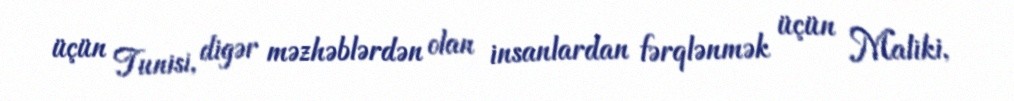
üçün Tunisi, digər məzhəblərdən olan insanlardan fərqlənmək üçün Maliki,